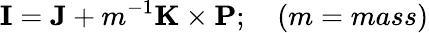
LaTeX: {\mathbf I}={\mathbf J}+m^{-1}{\mathbf K}\times{\mathbf P};\quad(m=mass)